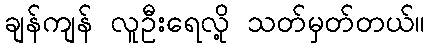
ချန်ကျန် လူဦးရေလို့ သတ်မှတ်တယ်။